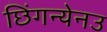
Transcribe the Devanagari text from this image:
छिंगन्येनउ